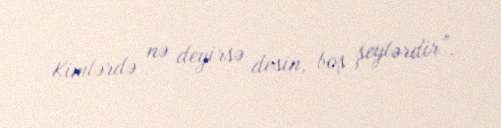
Kimlərdə nə deyirsə desin, boş şeylərdir”.